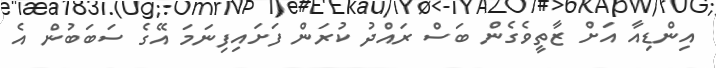
އިންޑިއާ އަށް ޒާތީވެގެން ބަސް ރައްދު ކުރަން ފަށައިފިނަމަ އޭގެ ސަބަބުން އެ